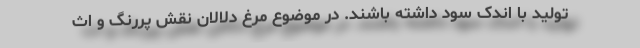
تولید با اندک سود داشته باشند. در موضوع مرغ دلالان نقش پررنگ و اث